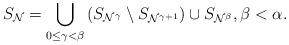
LaTeX: \begin{align*}S_{\mathcal{N}} = \bigcup_{0 \leq \gamma < \beta} \left(S_{\mathcal{N}^{\gamma}}\setminus S_{\mathcal{N}^{\gamma + 1}}\right) \cup S_{\mathcal{N}^{\beta}}, \beta < \alpha.\end{align*}